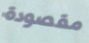
مقصودة